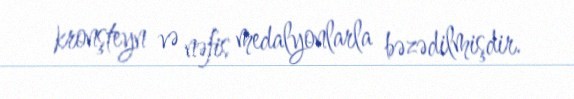
kronşteyn və nəfis medalyonlarla bəzədilmişdir.